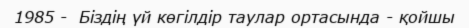
1985 -  Біздің үй көгілдір таулар ортасында - қойшы